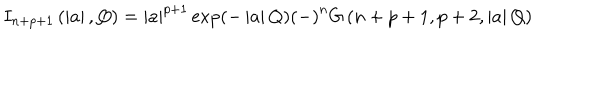
I _ { n + p + 1 } \left( \left| a \right| , Q \right) = \left| a \right| ^ { p + 1 } \exp \left( - \left| a \right| Q \right) \left( - \right) ^ { n } G \left( n + p + 1 , p + 2 , \left| a \right| Q \right)